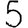
Digit: 5